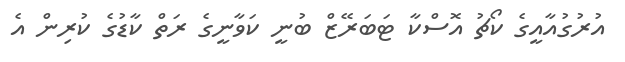
އުރުގުއާއީގެ ކޯޗު އޮސްކާ ޓަބަރޭޒް ބުނީ ކަވާނީގެ ރަތް ކާޑުގެ ކުރިން އެ